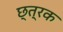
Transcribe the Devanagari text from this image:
छ्त्रक